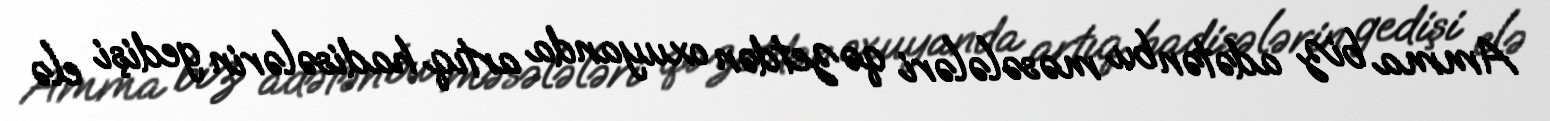
Amma biz adətən bu məsələləri qəzetdən oxuyanda artıq hadisələrin gedişi elə